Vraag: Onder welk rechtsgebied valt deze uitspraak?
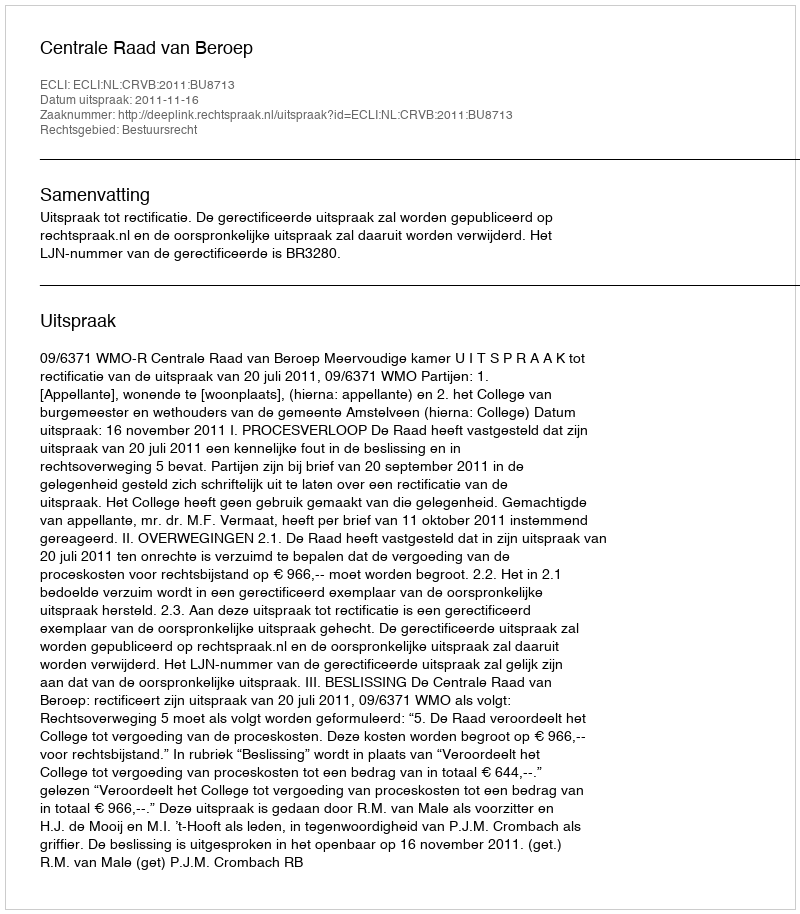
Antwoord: Bestuursrecht